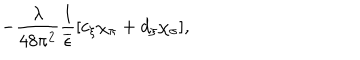
LaTeX: - \frac { \lambda } { 4 8 \pi ^ { 2 } } \frac { 1 } { \overline { { { \epsilon } } } } [ c _ { \xi } \chi _ { \pi } + d _ { \xi } \chi _ { \sigma } ] ,